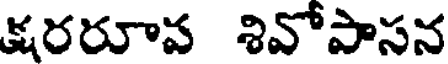
క్షరరూవ శివోపాసన